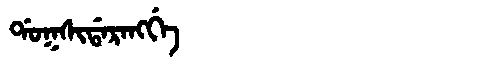
Manchu: ᡩᠣᡴᠰᡳᡩᠠᡵᠠᠩᡤᡝ
Romanization: DOKSIDARANGGE